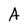
Character: A